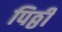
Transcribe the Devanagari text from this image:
पिठ्ठी